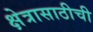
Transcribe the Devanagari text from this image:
क्षेत्रासाठीची